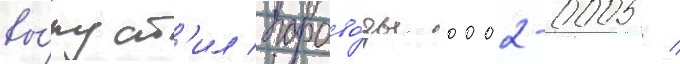
вы́пуст'ил парово́зы 0002-0005 /